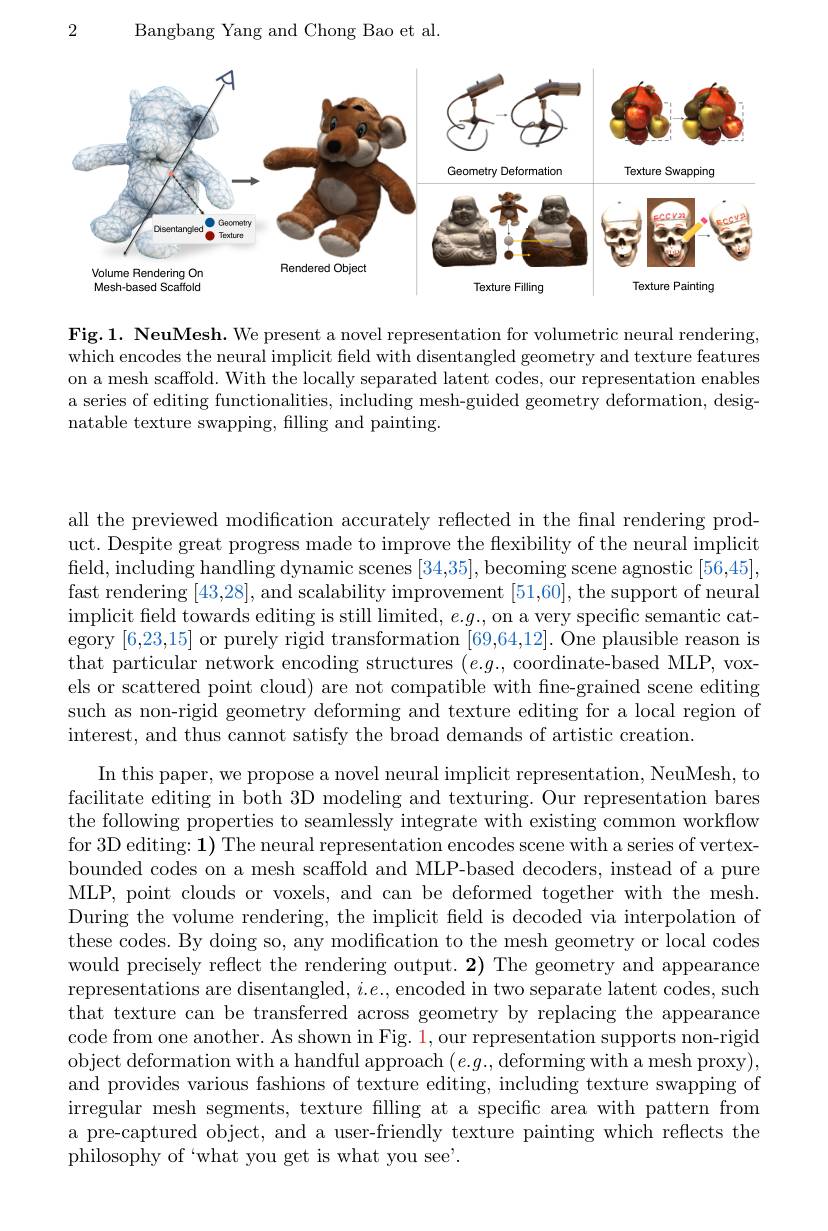
2

Bangbang Yang and Chong Bao et al.

<FigureHere>

Fig.1. NeuMesh. We present a novel representation for volumetric neural rendering, which encodes the neural implicit field with disentangled geometry and texture features on a mesh scaffold. With the locally separated latent codes, our representation enables a series of editing functionalities, including mesh-guided geometry deformation, designatable texture swapping, filling and painting.

all the previewed modification accurately reflected in the final rendering product. Despite great progress made to improve the flexibility of the neural implicit field, including handling dynamic scenes [34,35], becoming scene agnostic [56,45], fast rendering [43,28], and scalability improvement [51,60], the support of neural $\begin{array}{c}\text{implicit field towards editing is still limited, }e.g..,\text{ on a very specific semantic cat-}\end{array}$ egory [6,23,15] or purely rigid transformation [69,64,12]. One plausible reason is that particular network encoding structures $(e.g.$, coordinate-based MLP, voxels or scattered point cloud) are not compatible with fine-grained scene editing such as non-rigid geometry deforming and texture editing for a local region of interest, and thus cannot satisfy the broad demands of artistic creation.

In this paper, we propose a novel neural implicit representation, NeuMesh, to facilitate editing in both 3D modeling and texturing. Our representation bares the following properties to seamlessly integrate with existing common workflow for 3D editing: 1) The neural representation encodes scene with a series of vertexbounded codes on a mesh scaffold and MLP-based decoders, instead of a pure MLP, point clouds or voxels, and can be deformed together with the mesh. During the volume rendering, the implicit feld is decoded via interpolation of these codes. By doing so, any modification to the mesh geometry or local codes would precisely reflect the rendering output. 2) The geometry and appearance representations are disentangled, $i.e.$, encoded in two separate latent codes, such that texture can be transferred across geometry by replacing the appearance code from one another. As shown in Fig. 1, our representation supports non-rigid object deformation with a handful approach $(e.g.$,deforming with a mesh proxy), and provides various fashions of texture editing, including texture swapping of irregular mesh segments, texture filling at a specific area with pattern from a pre-captured object, and a user-friendly texture painting which reflects the philosophy of‘what you get is what you see'.